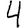
Digit: 4